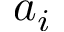
a _ { i }